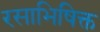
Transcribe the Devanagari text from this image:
रसाभिषिक्त